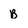
Character: B